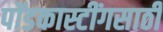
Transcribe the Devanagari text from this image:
पॉडकास्टींगसाठी